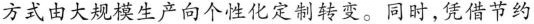
方式由大规模生产向个性化定制转变。同时,凭借节约